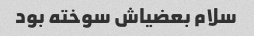
سلام بعضیاش سوخته بود